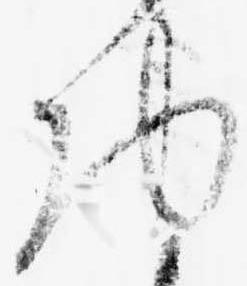
物